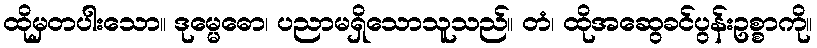
ထိုမှတပါးသော။ ဒုမ္မေဓော၊ ပညာမရှိသောသူသည်။ တံ၊ ထိုအဆွေခင်ပွန်းဥစ္စာကို။